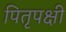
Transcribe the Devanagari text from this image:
पितृपक्षी